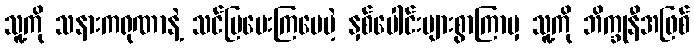
သူ့ကို သနားကရုဏာနဲ့ သင်ပြပေးကြပေမဲ့ နှစ်ပေါင်းများစွာကြာမှ သူ့ကို ဘိက္ခုနီအဖြစ်